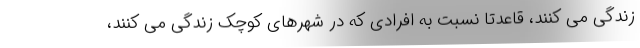
زندگی می کنند، قاعدتا نسبت به افرادی که در شهرهای کوچک زندگی می کنند،